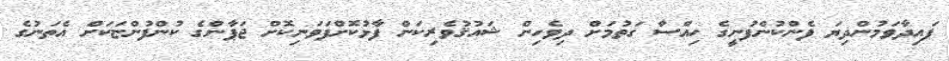
ފައިދާވަމުންދިޔަ ފެންކުންފުނީގެ ހިއްސާ ގަތުމަށް ދިވެހިން ޝައުޤުވެރިކަން ފާޅުކޮށްފަވަނިކޮށް ޖަޕާންގެ ކުންފުންޏަކަށް އެތަނުގެ